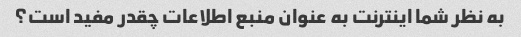
به نظر شما اینترنت به عنوان منبع اطلاعات چقدر مفید است؟